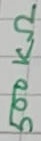
Text: 500KΩ